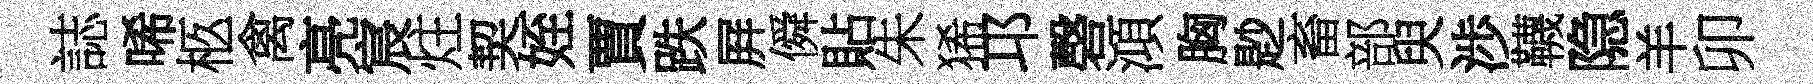
誌唏柩禽亮宸炷契姪賈跌屛僢貼朱狶邛磬澒胸尟畜部臾渉韈隐羊卯